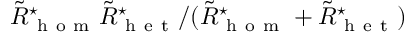
\tilde { R } _ { \mathrm { ~ h ~ o ~ m ~ } } ^ { \star } \tilde { R } _ { \mathrm { ~ h ~ e ~ t ~ } } ^ { \star } / ( \tilde { R } _ { \mathrm { ~ h ~ o ~ m ~ } } ^ { \star } + \tilde { R } _ { \mathrm { ~ h ~ e ~ t ~ } } ^ { \star } )